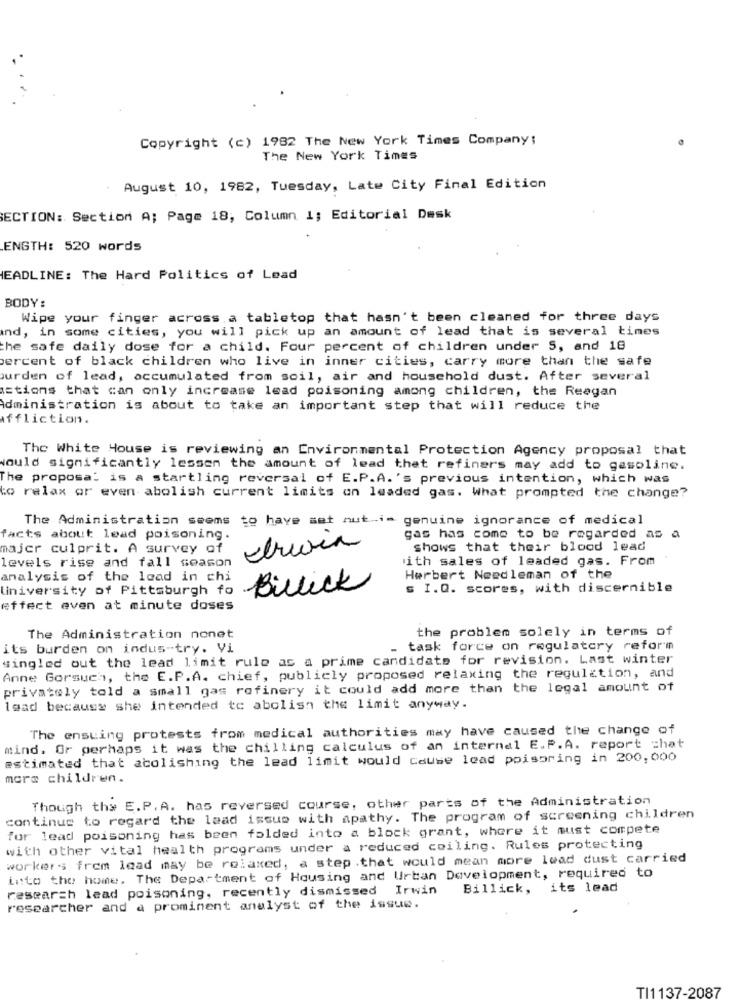
Copyright (c) 1982 The New York Times Company;
The New York Times
August 10, 1982, Tuesday, Late City Final Edition
SECTION: Section A; Page 18, Column 1; Editorial Desk
ENGTH: 520 words
HEADLINE: The Hard Politics of Lead
BODY :
Wipe your finger across a tabletop that hasn't been cleaned for three days
and, in some cities, you will pick up an amount of lead that is several times
the safe daily dose for a child. Four percent of children under S, and 18
percent of black children who live in inner cities, carry more than the safe
burden of lead, accumulated from soil, air and household dust. After several
actions that can only increase lead poisoning among children, the Reagan
Administration is about to take an important step that will reduce the
Affliction.
The White House is reviewing an Environmental Protection Agency proposal that
would significantly lessen the amount of lead that refiners may add to gasoline.
The proposal is a startling reversal of E.P.A.'s previous intention, which was
to relax or even abolish current limits on leaded gas. What prompted the change?
The Administration seems
to have set nuti- genuine ignorance of medical
facts about lead poisoning.
gas has come to be regarded as a
majer culprit. A survey of
shows that their blood lead
levels rise and fall season
ith sales of leaded gas. From
analysis of the lead in chi
Herbert Needleman of the
University of Pittsburgh fo
Billick
s I.Q. scores, with discernible
effect even at minute doses
the problem solely in terms of
The Administration nonet
its burden on indus-try. Vi
- task force on regulatory reform
singled out the lead limit rule as a prime candidate for revision. Last winter
Anne Gorsuch, the E.P.A. chief, publicly proposed relaxing the regulation, and
privately told a small gas refinery it could add more than the legal amount of
lead because she intended to abolish the limit anyway.
The ensuing protests from medical authorities may have caused the change of
mind. Or perhaps it was the chilling calculus of an internal E.P.A. report chat
estimated that abolishing the lead limit would cause lead poisoring in 200,000
more children.
Though the E.P. A. has reversed course, other parts of the Administration
continue to regard the laad issue with apathy. The program of screening children
for lead poisoning has been folded into a block grant, where it must compete
with other vital health programs under a reduced coiling. Rules protecting
workers frem lead may be relaxed, a step . that would mean more lead dust carried
into the home. The Department of Housing and Urban Development, required to
research lead poisoning, recently dismissed
Irwin
Billick, its lead
researcher and a prominent analyst of the issue.
TI1137-2087